Note on elephants in Burma, with a description of their equipment
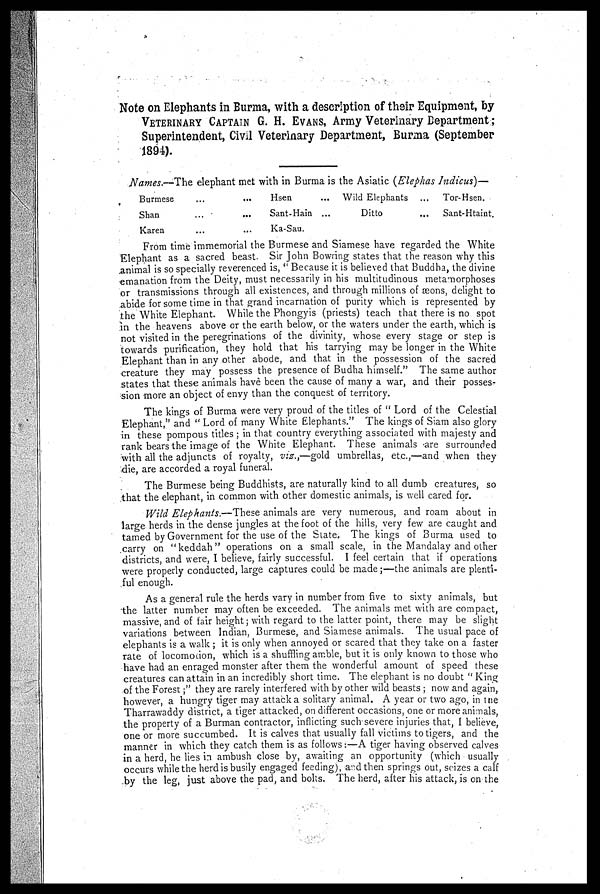
Note on Elephants in Burma, with a description of their Equipment, by
VETERINARY CAPTAIN G. H. EVANS, Army Veterinary Department;
Superintendent, Civil Veterinary Department, Burma (September
1894).
Names.—The elephant met with in Burma is the Asiatic (Elephas Indicus)—
Burmese
...
...
Shan
...
...
Karen
...
...
Hsen
...
Sant-Hain ...
Ka-Sau.
Wild Elephants ...
Ditto
...
Tor-Hsen.
Sant-Htaint.
From time immemorial the Burmese and Siamese have regarded the White
Elephant as a sacred beast Sir John Bowring states that the reason why this
animal is so specially reverenced is, " Because it is believed that Buddha, the divine
emanation from the Deity, must necessarily in his multitudinous metamorphoses
or transmissions through all existences, and through millions of æons, delight to
abide for some time in that grand incarnation of purity which is represented by
the White Elephant. While the Phongyis (priests) teach that there is no spot
in the heavens above or the earth below, or the waters under the earth, which is
not visited in the peregrinations of the divinity, whose every stage or step is
towards purification, they hold that his tarrying may be longer in the White
Elephant than in any other abode, and that in the possession of the sacred
creature they may possess the presence of Budha himself." The same author
states that these animals have been the cause of many a war, and their posses-
sion more an object of enyy than the conquest of territory.
The kings of Burma were very proud of the titles of " Lord of the Celestial
Elephant," and " Lord of many White Elephants." The kings of Siam also glory
in these pompous titles ; in that country everything associated with majesty and
rank bears the image of the White Elephant. These animals are surrounded
with all the adjuncts of royalty, viz.,—gold umbrellas, etc.,—and when they
die, are accorded a royal funeral.
The Burmese being Buddhists, are naturally kind to all dumb creatures, so
that the elephant, in common with other domestic animals, is well cared for.
Wild Elephants.—These animals are very numerous, and roam about in
large herds in the dense jungles at the foot of the hills, very few are caught and
tamed by Government for the use of the Slate. The kings of Burma used to
carry on "keddah" operations on a small scale, in the Mandalay and other
districts, and were, I believe, fairly successful. I feel certain that if operations
were properly conducted, large captures could be made ;—the animals are plenti-
ful enough.
As a general rule the herds vary in number from five to sixty animals, but
the latter number may often be exceeded. The animals met with are compact,
massive, and of fair height; with regard to the latter point, there may be slight
variations between Indian, Burmese, and Siamese animals. The usual pace of
elephants is a walk ; it is only when annoyed or scared that they take on a faster
rate of locomotion, which is a shuffling amble, but it is only known to those who
have had an enraged monster after them the wonderful amount of speed these
creatures can attain in an incredibly short time. The elephant is no doubt " King
of the Forest;" they are rarely interfered with by other wild beasts ; now and again,
however, a hungry tiger may attack a solitary animal. A year or two ago, in the
Tharrawaddy district, a tiger attacked, on different occasions, one or more animals,
the property of a Burman contractor, inflicting such severe injuries that, 1 believe,
one or more succumbed. It is calves that usually fall victims to tigers, and the
manner in which they catch them is as follows:—A tiger having observed calves
in a herd, he lies in ambush close by, awaiting an opportunity (which usually
occurs while the herd is busily engaged feeding), and then springs out, seizes a calf
by the leg, just above the pad, and bolts. The herd, after his attack, is on the